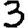
Digit: 3